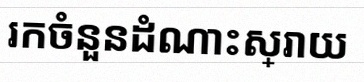
រកចំនួនដំណោះស្រាយ